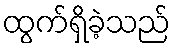
ထွက်ရှိခဲ့သည်